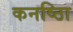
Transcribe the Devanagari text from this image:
कनष्ठाि